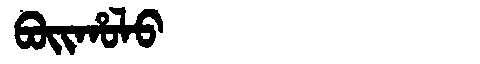
Manchu: ᠪᠣᡳᡥᠣᠯᠣ
Romanization: BOIHOLO